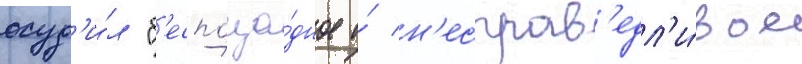
осуд'и́л "б'еспоща́дное и́ н'есправ'едл'и́вое